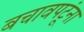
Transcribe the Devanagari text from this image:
बचावपटूंना